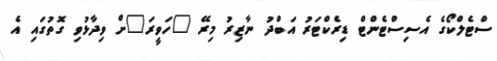
ސްޓެލްކޯގެ އެސިސްޓެންޓް ޑިރެކްޓަރު އަބްދު ނާޒިރު މިރޭ "ހަވީރަ"ށް ވިދާޅުވި ގޮތުގައި އެ